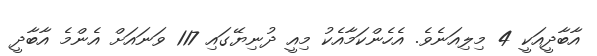
އާބާދީއަކީ 4 މިލިއަނެވެ. އެހެންކަމާއެކު މިއީ ދުނިޔޭގައި 117 ވަނައަށް އެންމެ އާބާދީ